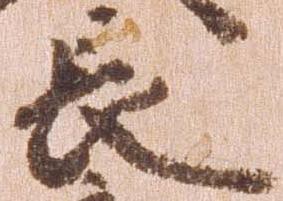
長